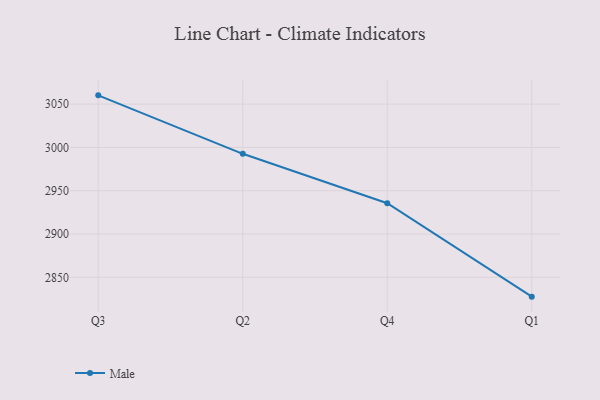
{"axis": {"x": "Quarter", "y": "Shipments"}, "legend": ["Male"], "data": [{"x": "Q3", "y": 3060.1, "type": "Male"}, {"x": "Q2", "y": 2992.6, "type": "Male"}, {"x": "Q4", "y": 2935.5, "type": "Male"}, {"x": "Q1", "y": 2827.7, "type": "Male"}]}